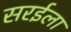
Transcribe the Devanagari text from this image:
सरईला